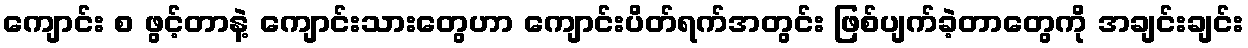
ကျောင်း စ ဖွင့်တာနဲ့ ကျောင်းသားတွေဟာ ကျောင်းပိတ်ရက်အတွင်း ဖြစ်ပျက်ခဲ့တာတွေကို အချင်းချင်း